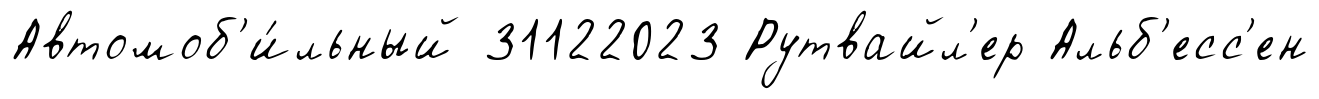
Автомоб'и́льный 31122023 Рутвайл'ер Альб'есс'ен